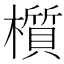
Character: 櫍